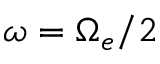
\omega = \Omega _ { e } / 2